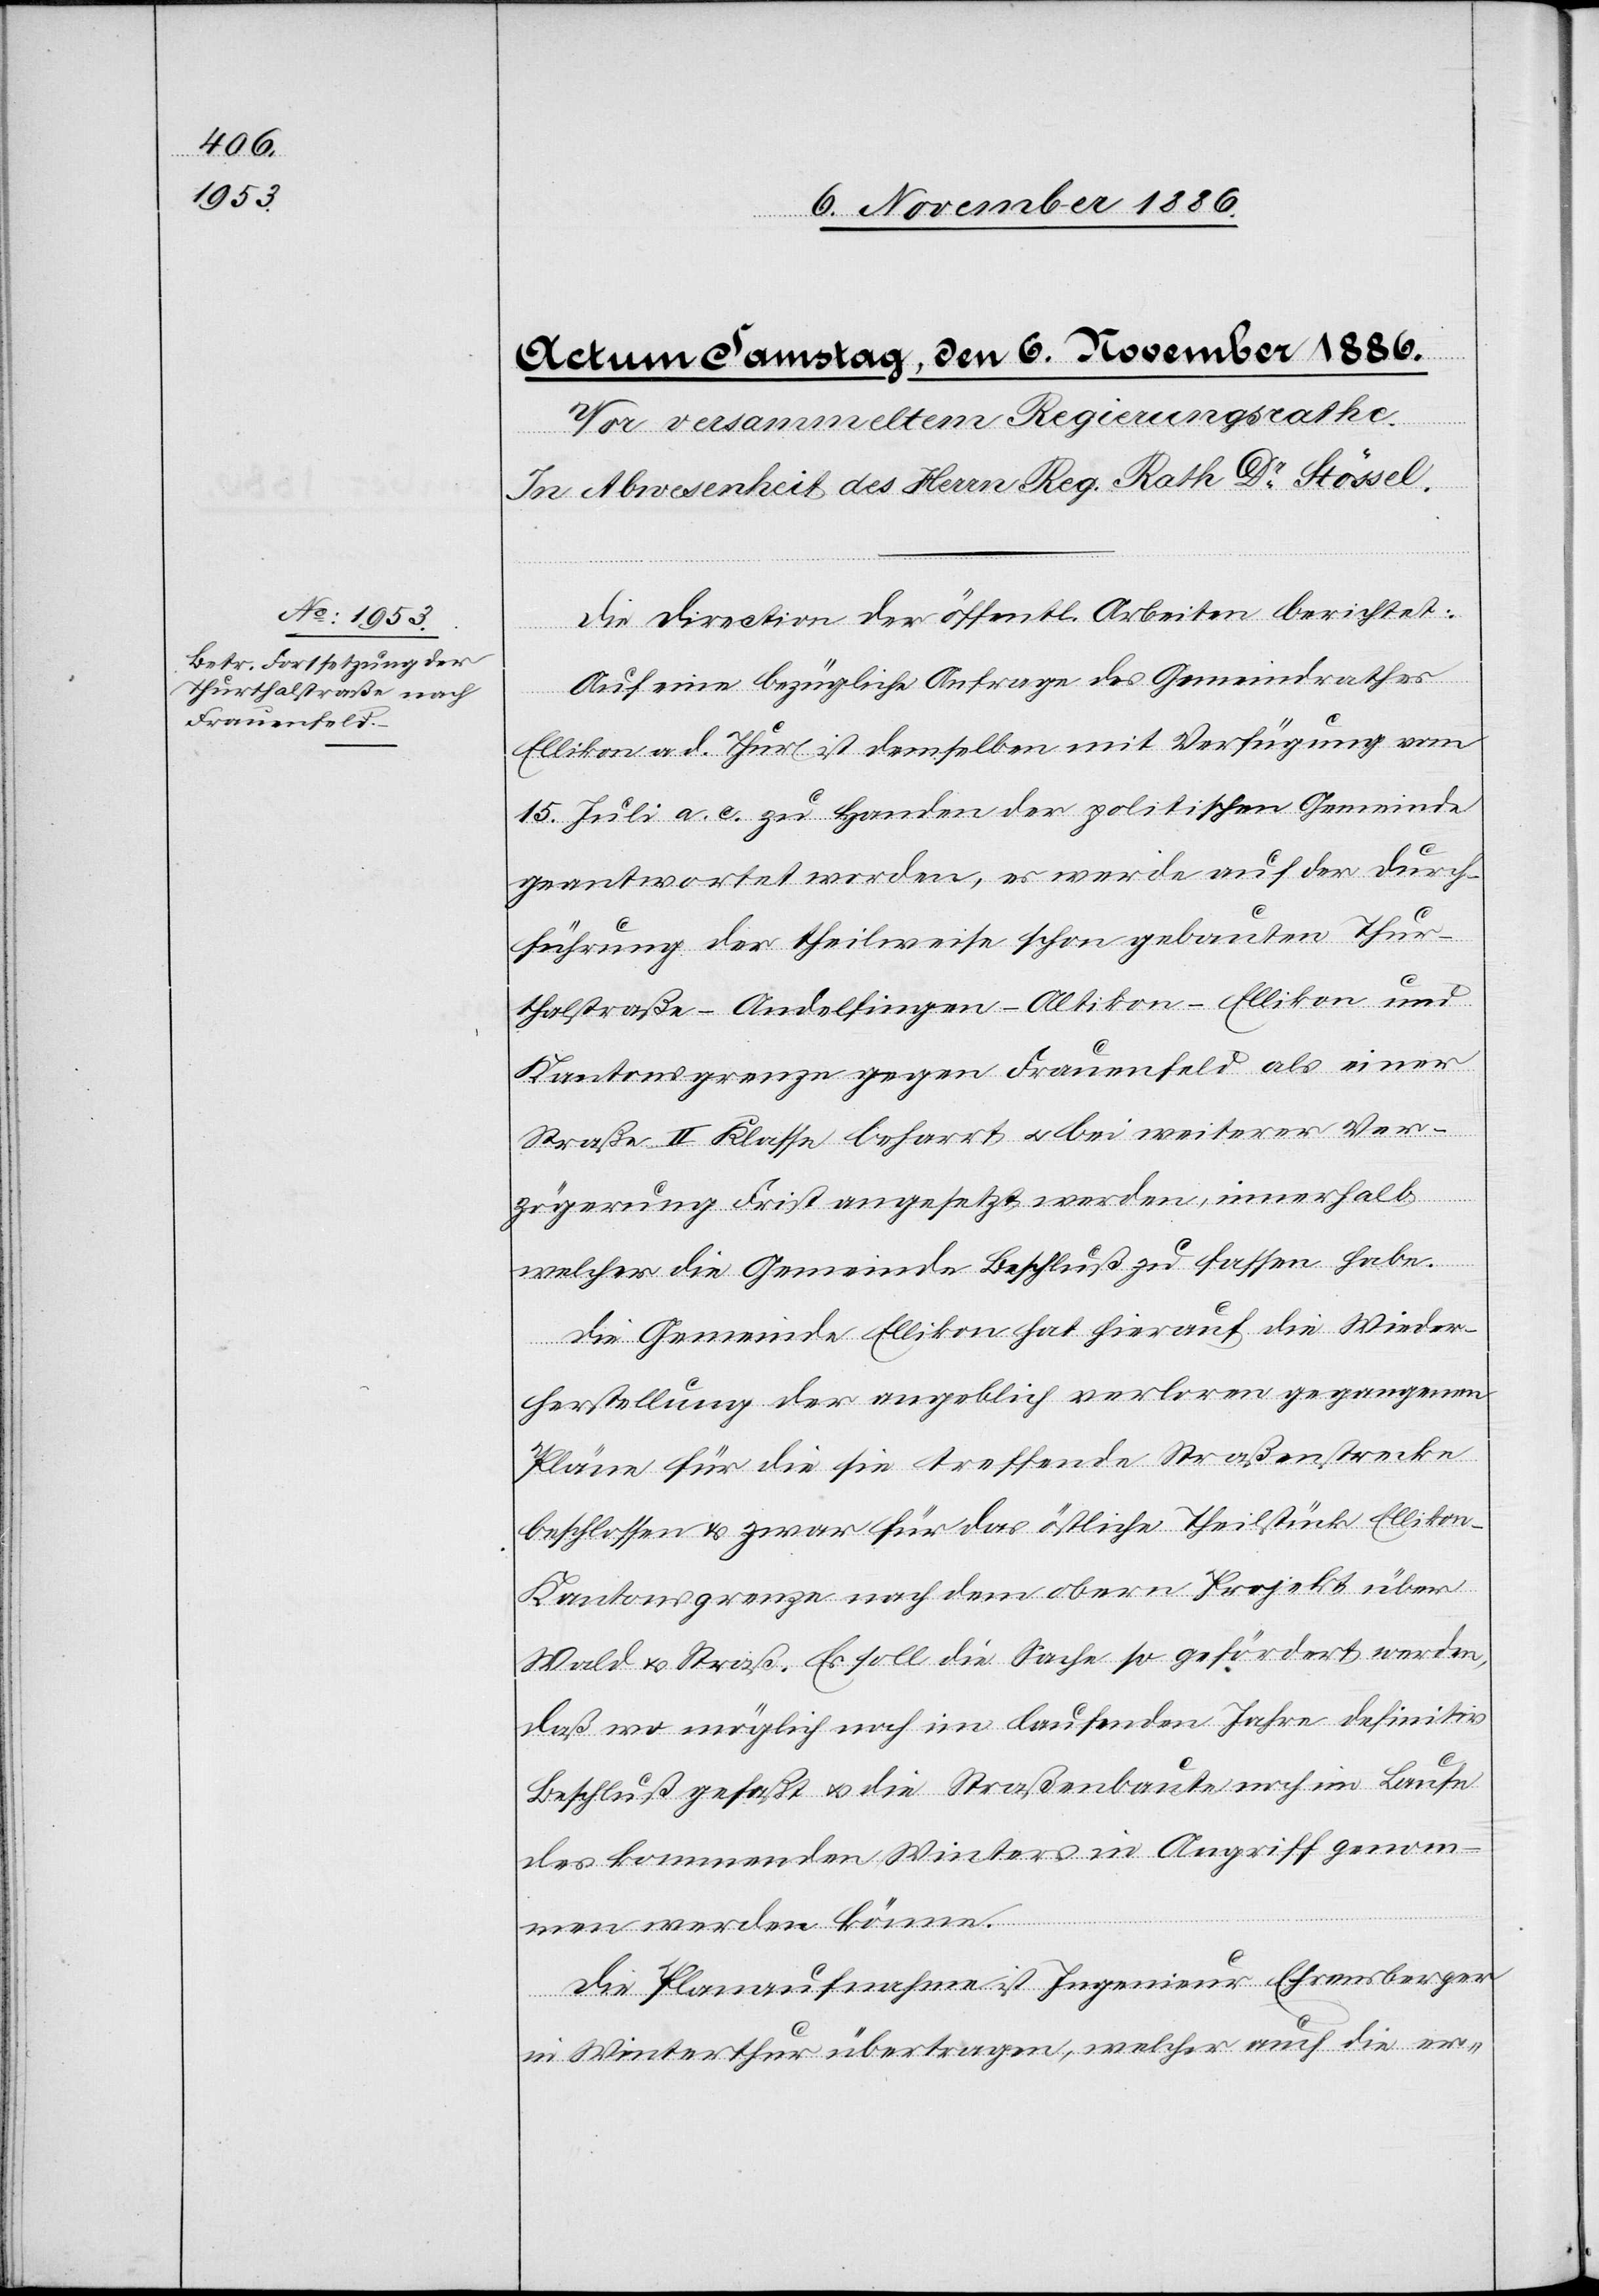
Die Direction der öffentl. Arbeiten berichtet:
Auf eine bezügliche Anfrage des Gemeindrathes
Ellikon a. d. Thur ist demselben mit Verfügung vom
15. Juli a. c. zu Handen der politischen Gemeinde
geantwortet worden, es werde auf der Durch¬
führung der theilweise schon gebauten Thur¬
thalstraße–Andelfingen–Altikon–Ellikon und
Kantonsgrenze gegen Frauenfeld als einer
Straße II. Klasse beharrt & bei weiterer Ver¬
zögerung Frist angesetzt werden, innerhalb
welcher die Gemeinde Beschluß zu fassen habe.
Die Gemeinde Ellikon hat hierauf die Wieder¬
herstellung der angeblich verloren gegangenen
Pläne für die sie treffende Staßenstrecke
beschlossen & zwar für das östliche Theilstück Ellikon–K¬
antonsgrenze nach dem obern Projekt über
Wald & Straß. Es soll die Sache so gefördert werden,
daß wo möglich noch im laufenden Jahre definitiv
Beschluß gefaßt & die Straßenbaute noch im Laufe
des kommenden Winters in Angriff genom¬
men werden könne.
Die Planaufnahme ist Ingenieur Ehrensberger
in Winterthur übertragen, welcher auch die er-